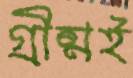
গ্রীষ্মই